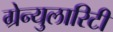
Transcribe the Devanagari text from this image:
ग्रेन्युलारिटी